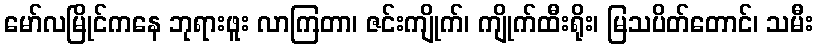
မော်လမြိုင်ကနေ ဘုရားဖူး လာကြတာ၊ ဇင်းကျိုက်၊ ကျိုက်ထီးရိုး၊ မြသပိတ်တောင်၊ သမီး